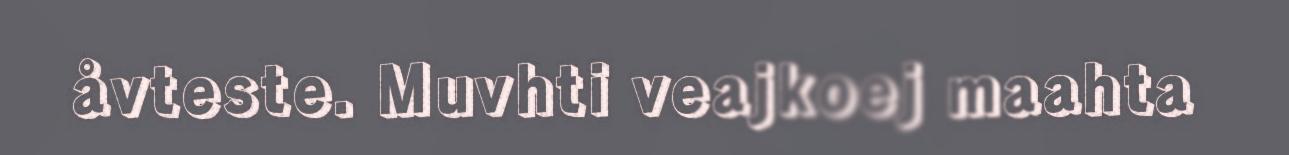
åvteste. Muvhti veajkoej maahta